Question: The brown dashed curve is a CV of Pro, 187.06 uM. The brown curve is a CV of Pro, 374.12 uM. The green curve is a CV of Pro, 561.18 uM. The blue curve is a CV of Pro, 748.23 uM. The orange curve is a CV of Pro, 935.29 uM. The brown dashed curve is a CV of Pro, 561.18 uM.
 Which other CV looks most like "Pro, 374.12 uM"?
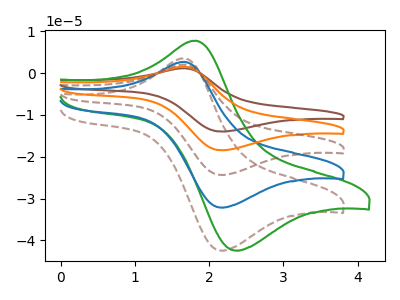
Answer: <think>The brown dashed curve "Pro, 187.06 uM" has an anodic peak at (1.65V, 3.55uA) and a cathodic peak at (2.15V, -42.45uA). The brown curve "Pro, 374.12 uM" has an anodic peak at (1.65V, 10.70uA) and a cathodic peak at (2.15V, -128.60uA). The green curve "Pro, 561.18 uM" has an anodic peak at (1.80V, 7.75uA) and a cathodic peak at (2.35V, -42.45uA). The blue curve "Pro, 748.23 uM" has an anodic peak at (1.65V, 2.70uA) and a cathodic peak at (2.15V, -32.15uA). The orange curve "Pro, 935.29 uM" has an anodic peak at (1.65V, 8.05uA) and a cathodic peak at (2.15V, -96.45uA). The brown dashed curve "Pro, 561.18 uM" has an anodic peak at (1.65V, 5.35uA) and a cathodic peak at (2.15V, -64.30uA).
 All the peaks in "Pro, 187.06 uM" have a peak in "Pro, 374.12 uM" at the same potential. Every peak in "Pro, 187.06 uM" is lower than every peak in "Pro, 374.12 uM". "Pro, 187.06 uM" and "Pro, 561.18 uM" have at least one peak that do not match. All the peaks in "Pro, 187.06 uM" have a peak in "Pro, 748.23 uM" at the same potential. Every peak in "Pro, 187.06 uM" is higher than every peak in "Pro, 748.23 uM". All the peaks in "Pro, 187.06 uM" have a peak in "Pro, 935.29 uM" at the same potential. Every peak in "Pro, 187.06 uM" is lower than every peak in "Pro, 935.29 uM". All the peaks in "Pro, 187.06 uM" have a peak in "Pro, 561.18 uM" at the same potential. Every peak in "Pro, 187.06 uM" is lower than every peak in "Pro, 561.18 uM". "Pro, 374.12 uM" and "Pro, 561.18 uM" have at least one peak that do not match. All the peaks in "Pro, 374.12 uM" have a peak in "Pro, 748.23 uM" at the same potential. Every peak in "Pro, 374.12 uM" is higher than every peak in "Pro, 748.23 uM". All the peaks in "Pro, 374.12 uM" have a peak in "Pro, 935.29 uM" at the same potential. Every peak in "Pro, 374.12 uM" is higher than every peak in "Pro, 935.29 uM". All the peaks in "Pro, 374.12 uM" have a peak in "Pro, 561.18 uM" at the same potential. Every peak in "Pro, 374.12 uM" is higher than every peak in "Pro, 561.18 uM". "Pro, 561.18 uM" and "Pro, 748.23 uM" have at least one peak that do not match. "Pro, 561.18 uM" and "Pro, 935.29 uM" have at least one peak that do not match. "Pro, 561.18 uM" and "Pro, 561.18 uM" have at least one peak that do not match. All the peaks in "Pro, 748.23 uM" have a peak in "Pro, 935.29 uM" at the same potential. Every peak in "Pro, 748.23 uM" is lower than every peak in "Pro, 935.29 uM". All the peaks in "Pro, 748.23 uM" have a peak in "Pro, 561.18 uM" at the same potential. Every peak in "Pro, 748.23 uM" is lower than every peak in "Pro, 561.18 uM". All the peaks in "Pro, 935.29 uM" have a peak in "Pro, 561.18 uM" at the same potential. Every peak in "Pro, 935.29 uM" is higher than every peak in "Pro, 561.18 uM".</think>
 <answer>"Pro, 374.12 uM", "Pro, 748.23 uM", "Pro, 935.29 uM" and "Pro, 561.18 uM" have a similar shape to "Pro, 187.06 uM".</answer>
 <eval>"Pro, 374.12 uM" "Pro, 748.23 uM" "Pro, 935.29 uM" "Pro, 561.18 uM"</eval>